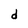
Character: d